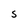
Character: S